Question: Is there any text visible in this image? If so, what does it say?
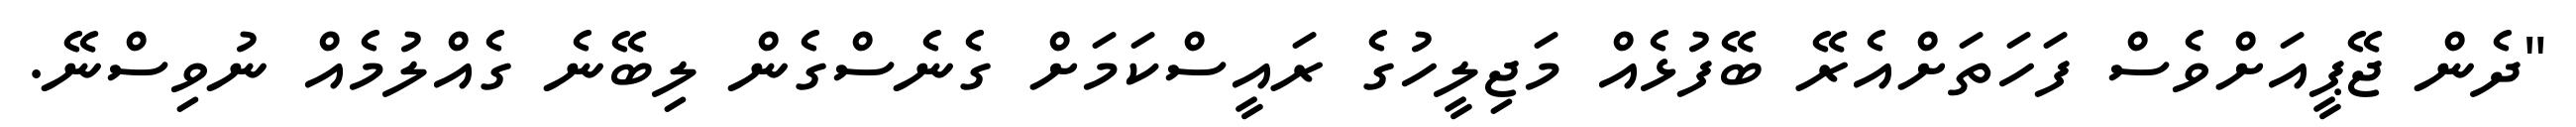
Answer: "ދެން ޖޭޕީއަށްވެސް ފަހަތަށްއެރޭ ބޭފުޅެއް މަޖިލީހުގެ ރައީސްކަމަށް ގެނެސްގެން ލިބޭނެ ގެއްލުމެއް ނުވިސްނޭ.